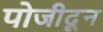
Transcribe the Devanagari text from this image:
पोजीदून